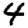
Digit: 4